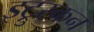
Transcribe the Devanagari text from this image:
इट्रुस्कन